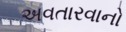
અવતારવાનો